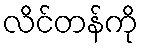
လိင်တန်ကို